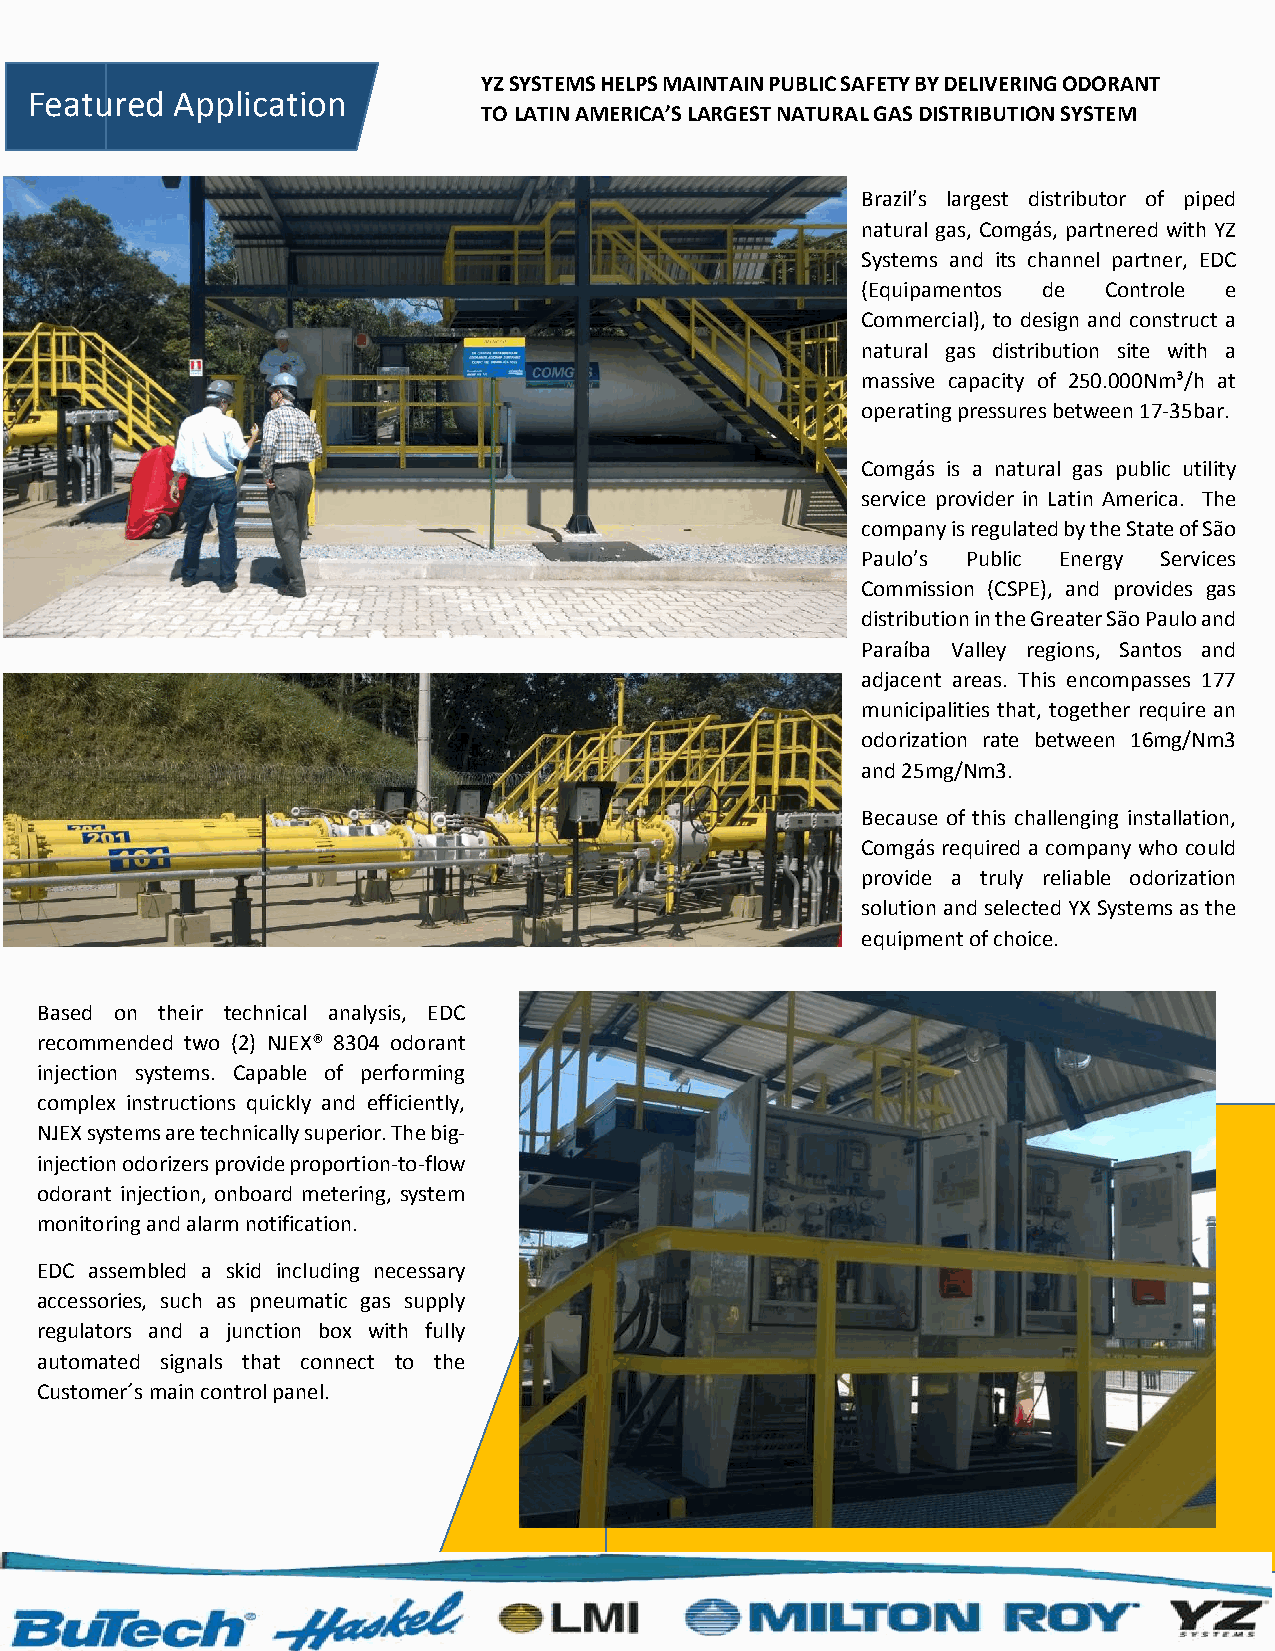
YZ SYSTEMS HELPS MAINTAIN PUBLIC SAFETY BY DELIVERING ODORANT
 Featured  Application
 TO LATIN AMERICA’S LARGEST NATURAL GAS DISTRIBUTION SYSTEM
 Brazil’s largest distributor of piped
 natural gas, Comgás, partnered with YZ
 Systems and its channel partner, EDC
 (Equipamentos de Controle e
 Commercial), to design and construct a
 natural gas distribution site with a
 massive capacity of 250.000Nm³/h at
 operating pressures between 17-35bar.
 Comgás is a natural gas public utility
 service provider in Latin America. The
 company is regulated by the State of São
 Paulo’s Public Energy Services
 Commission (CSPE), and provides gas
 distribution in the Greater São Paulo and
 Paraíba Valley regions, Santos and
 adjacent areas. This encompasses 177
 municipalities that, together require an
 odorization rate between 16mg/Nm3
 and 25mg/Nm3.
 Because of this challenging installation,
 Comgás required a company who could
 provide a truly reliable odorization
 solution and selected YX Systems as the
 equipment of choice.
 Based on their technical analysis, EDC
 recommended two (2) NJEX® 8304 odorant
 injection systems. Capable of performing
 complex instructions quickly and efficiently,
 NJEX systems are technically superior. The big-
 injection odorizers provide proportion-to-flow
 odorant injection, onboard metering, system
 monitoring and alarm notification.
 EDC assembled a skid including necessary
 accessories, such as pneumatic gas supply
 regulators and a junction box with fully
 automated signals that connect to the
 Customer´s main control panel.